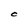
Character: C